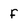
Character: f